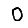
Digit: 0